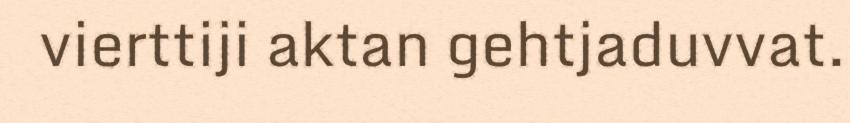
vierttiji aktan gehtjaduvvat.